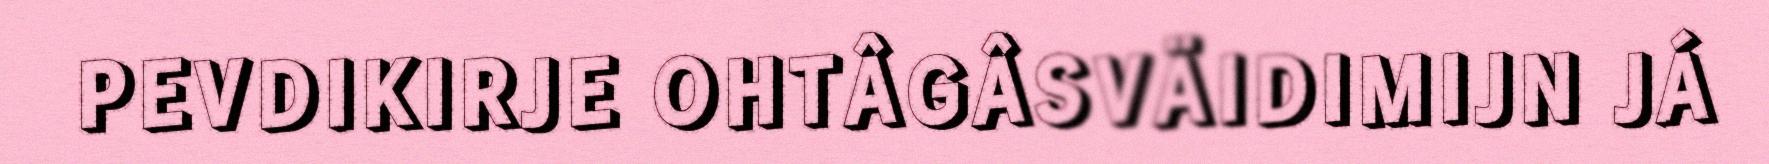
PEVDIKIRJE OHTÂGÂSVÄIDIMIJN JÁ